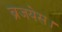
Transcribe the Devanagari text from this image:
ब्रजयेस।